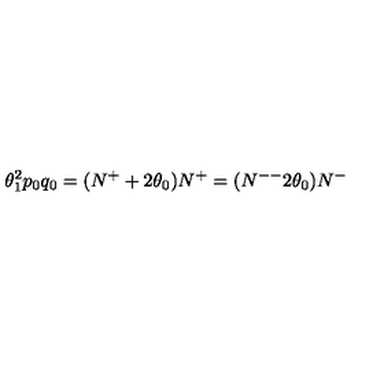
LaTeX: \theta _ { 1 } ^ { 2 } p _ { 0 } q _ { 0 } = ( N ^ { + } + 2 \theta _ { 0 } ) N ^ { + } = ( N ^ { -- } 2 \theta _ { 0 } ) N ^ { - }